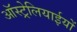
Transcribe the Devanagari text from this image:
ऑस्ट्रेलियाईयों